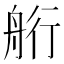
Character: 𦨵